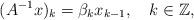
LaTeX: \begin{align*}(A^{-1}x)_k = \beta_k x_{k - 1} , \ \ \ k \in \mathbb{Z},\end{align*}